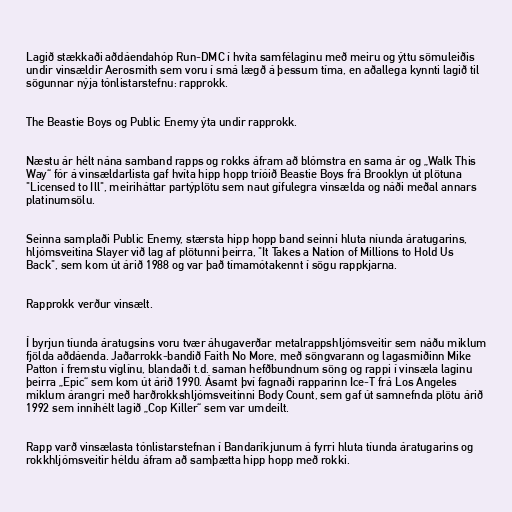
Lagið stækkaði aðdáendahóp Run-DMC í hvíta samfélaginu með meiru og ýttu sömuleiðis
undir vinsældir Aerosmith sem voru í smá lægð á þessum tíma, en aðallega kynnti lagið til
sögunnar nýja tónlistarstefnu: rapprokk.

The Beastie Boys og Public Enemy ýta undir rapprokk.

Næstu ár hélt nána samband rapps og rokks áfram að blómstra en sama ár og „Walk This
Way“ fór á vinsældarlista gaf hvíta hipp hopp tríóið Beastie Boys frá Brooklyn út plötuna
"Licensed to Ill", meiriháttar partýplötu sem naut gífulegra vinsælda og náði meðal annars
platinumsölu.

Seinna samplaði Public Enemy, stærsta hipp hopp band seinni hluta níunda áratugarins,
hljómsveitina Slayer við lag af plötunni þeirra, "It Takes a Nation of Millions to Hold Us
Back", sem kom út árið 1988 og var það tímamótakennt í sögu rappkjarna.

Rapprokk verður vinsælt.

Í byrjun tíunda áratugsins voru tvær áhugaverðar metalrappshljómsveitir sem náðu miklum
fjölda aðdáenda. Jaðarrokk-bandið Faith No More, með söngvarann og lagasmiðinn Mike
Patton í fremstu víglínu, blandaði t.d. saman hefðbundnum söng og rappi í vinsæla laginu
þeirra „Epic“ sem kom út árið 1990. Ásamt því fagnaði rapparinn Ice-T frá Los Angeles
miklum árangri með harðrokkshljómsveitinni Body Count, sem gaf út samnefnda plötu árið
1992 sem innihélt lagið „Cop Killer“ sem var umdeilt.

Rapp varð vinsælasta tónlistarstefnan í Bandaríkjunum á fyrri hluta tíunda áratugarins og
rokkhljómsveitir héldu áfram að samþætta hipp hopp með rokki.